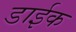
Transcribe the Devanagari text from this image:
डाईक